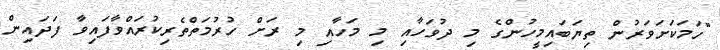
"ހަމަކަށަވަރުން ތިޔަބައިމީހުންގެ މި ދުވަހާއި މި މަހާއި މި ރަށް ހުރުމަތްތެރިކުރައްވާފައިވާ ފަދައިން